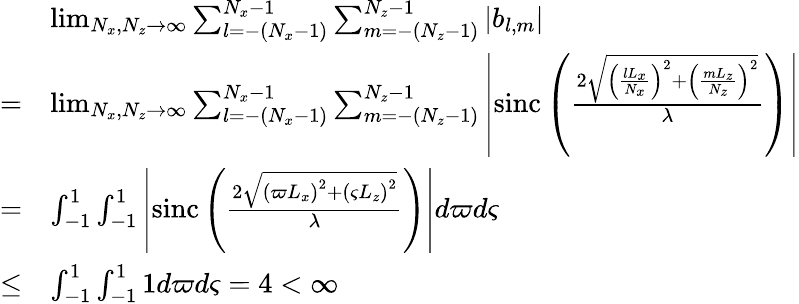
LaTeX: \begin{array}{rl}&{\operatorname*{lim}_{N_{x},N_{z}\to\infty}\sum_{l=-(N_{x}-1)}^{N_{x}-1}\sum_{m=-(N_{z}-1)}^{N_{z}-1}\left|b_{l,m}\right|}\\ {=}&{\operatorname*{lim}_{N_{x},N_{z}\to\infty}\sum_{l=-(N_{x}-1)}^{N_{x}-1}\sum_{m=-(N_{z}-1)}^{N_{z}-1}\left|\mathrm{sinc}\left(\frac{2\sqrt{\left(\frac{lL_{x}}{N_{x}}\right)^{2}+\left(\frac{mL_{z}}{N_{z}}\right)^{2}}}{\lambda}\right)\right|}\\ {=}&{\int_{-1}^{1}\int_{-1}^{1}\left|\mathrm{sinc}\left(\frac{2\sqrt{\left(\varpi L_{x}\right)^{2}+\left(\varsigma L_{z}\right)^{2}}}{\lambda}\right)\right|d\varpi d\varsigma}\\ {\leq}&{\int_{-1}^{1}\int_{-1}^{1}1d\varpi d\varsigma=4<\infty}\end{array}